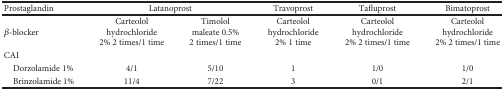
<table><thead><tr><td><b>Prostaglandin</b></td><td colspan="2"><b>Latanoprost</b></td><td><b>Travoprost</b></td><td><b>Tafluprost</b></td><td><b>Bimatoprost</b></td></tr></thead><tbody><tr><td><i>β</i>-blocker</td><td>Carteolol hydrochloride 2% 2 times/1 time</td><td>Timolol maleate 0.5% 2 times/1 time</td><td>Carteolol hydrochloride 2% 1 time</td><td>Carteolol hydrochloride 2% 2 times/1 time</td><td>Carteolol hydrochloride 2% 2 times/1 time</td></tr><tr><td>CAI</td><td></td><td></td><td></td><td></td><td></td></tr><tr><td> Dorzolamide 1%</td><td>4/1</td><td>5/10</td><td>1</td><td>1/0</td><td>1/0</td></tr><tr><td> Brinzolamide 1%</td><td>11/4</td><td>7/22</td><td>3</td><td>0/1</td><td>2/1</td></tr></tbody></table>